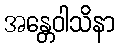
အန္တေဝါသိနာ